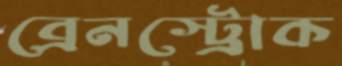
ব্রেনস্ট্রোক